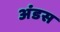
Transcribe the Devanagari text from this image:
अंडस